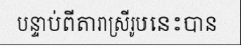
បន្ទាប់ពីតារាស្រីរូបនេះបាន